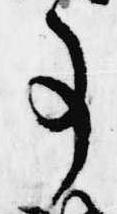
事